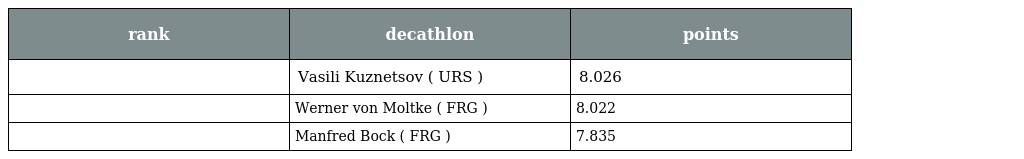
| rank | decathlon | points |
 | --- | --- | --- |
 |  | Vasili Kuznetsov ( URS ) | 8.026 |
 |  | Werner von Moltke ( FRG ) | 8.022 |
 |  | Manfred Bock ( FRG ) | 7.835 |